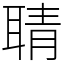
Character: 聙